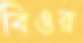
বিওর